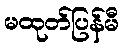
မထုတ်ပြန်မီ